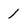
Character: 1